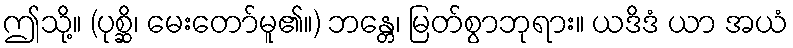
ဤသို့။ (ပုစ္ဆိ၊ မေးတော်မူ၏။) ဘန္တေ၊ မြတ်စွာဘုရား။ ယဒိဒံ ယာ အယံ